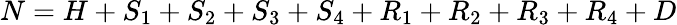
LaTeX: N=H+S_{1}+S_{2}+S_{3}+S_{4}+R_{1}+R_{2}+R_{3}+R_{4}+D